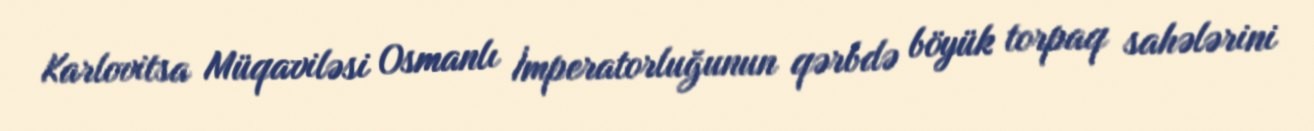
Karlovitsa Müqaviləsi Osmanlı İmperatorluğunun qərbdə böyük torpaq sahələrini